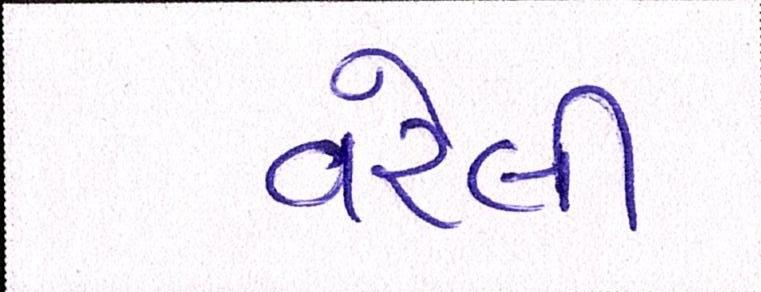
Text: વરેલી